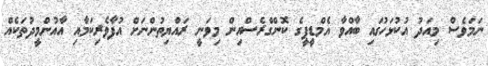
ނަމަވެސް މިއަދު އުކުޅަހުގައި ބާއްވާ އެމްޑީޕީގެ ކޮންގްރެސްއިން މިވަނީ ރައްޔިތުންނަށް އުފާވެރިކަމާއި އާއުންމީދުތަކެއް